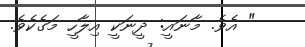
" އެވެ. މާނައީ: ދީނަކީ އިލާހީ މަގެކެވެ.